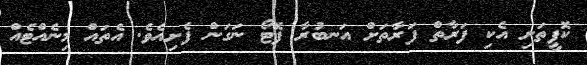
ކޮފީތަށި އެކި ފަރާތް ފަރާތަށް އަނބުރާ ފޮޓޯ ނަގަން ފެށިއެވެ. އެތައް މިނެއްޓެއް